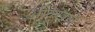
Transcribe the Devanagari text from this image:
ओळ्खले